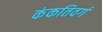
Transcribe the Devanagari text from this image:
कंकतिवर्ग